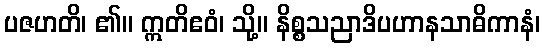
ပဇဟတိ၊ ၏။ ဣတိဧဝံ၊ သို့။ နိစ္စသညာဒိပဟာနသာဓိကာနံ၊